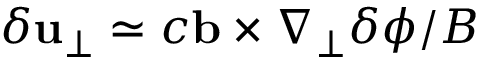
\delta \mathbf { u } _ { \perp } \simeq c \mathbf { b } \times \nabla _ { \perp } \delta \phi / B